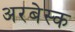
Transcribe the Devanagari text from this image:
अरबेस्क